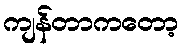
ကျန်တာကတော့